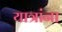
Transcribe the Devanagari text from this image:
यात्रांना